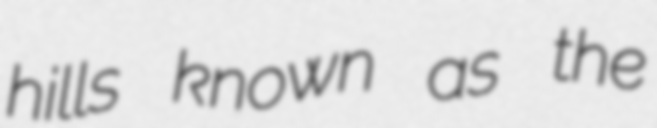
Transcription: hills known as the